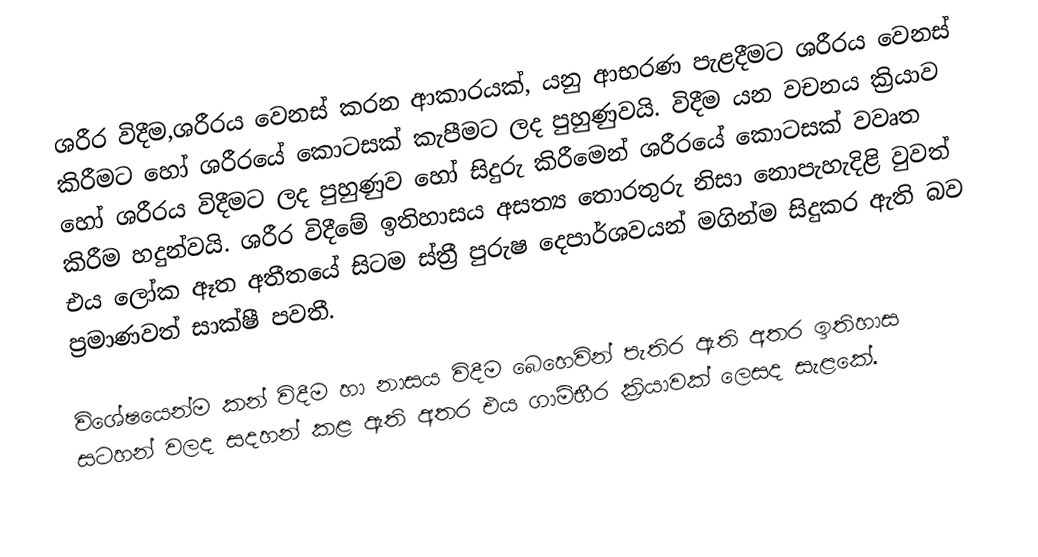
ශරීර විදීම,ශරීරය වෙනස් කරන ආකාරයක්, යනු ආභරණ පැළදීමට ශරීරය වෙනස් කිරීමට හෝ ශරීරයේ කොටසක් කැපීමට ලද පුහුණුවයි. විදීම යන වචනය ක්‍රියාව හෝ ශරීරය විදීමට ලද පුහුණුව හෝ සිදුරු කිරීමෙන් ශරීරයේ කොටසක් වවෘත කිරීම හදුන්වයි. ශරීර විදීමේ ඉතිහාසය අසත්‍ය තොරතුරු නිසා නොපැහැදිළි වුවත් එය ලෝක ඈත අතීතයේ සිටම ස්ත්‍රී පුරුෂ දෙපාර්ශවයන් මගින්ම සිදුකර ඇති බව ප්‍රමාණවත් සාක්ෂී පවතී.

විශේෂයෙන්ම කන් විදීම හා නාසය විදීම බෙහෙවින් පැතිර ඇති අතර ඉතිහාස සටහන් වලද සදහන් කළ ඇති අතර එය ගාම්භීර ක්‍රියාවක් ලෙසද සැළකේ.